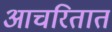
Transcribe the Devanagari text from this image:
आचरितात